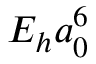
E _ { h } a _ { 0 } ^ { 6 }